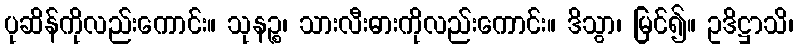
ပုဆိန်ကိုလည်းကောင်း။ သုနဉ္စ၊ သားလီးဓားကိုလည်းကောင်း။ ဒိသွာ၊ မြင်၍။ ဥဒိဋ္ဌာသိ၊